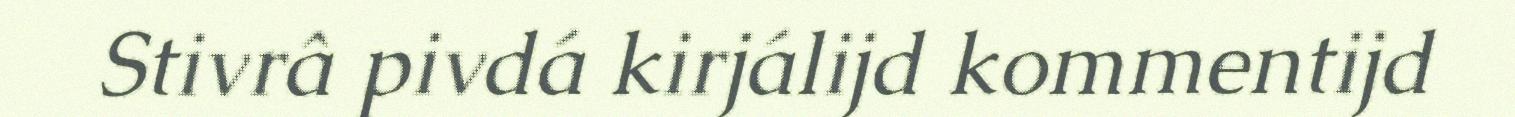
Stivrâ pivdá kirjálijd kommentijd